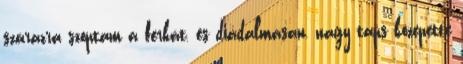
szárazra szoptam a ferkát, és diadalmasan, nagy taps közepette